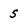
Character: S